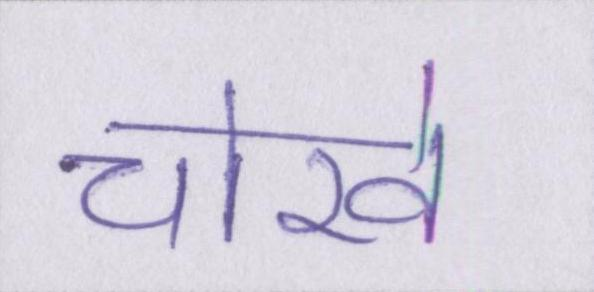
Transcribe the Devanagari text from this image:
चोखे